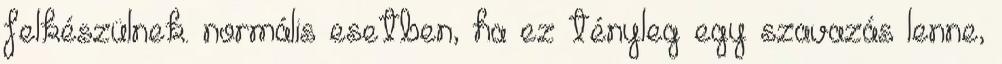
felkészülnek. normális esetben, ha ez tényleg egy szavazás lenne,